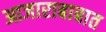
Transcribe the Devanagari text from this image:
आजाराबाबात